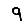
Digit: 9